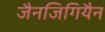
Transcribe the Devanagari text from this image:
जैनजिगियैन